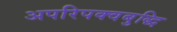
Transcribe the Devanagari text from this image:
अपरिपक्वबुद्धि